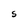
Character: S